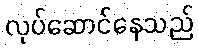
လုပ်ဆောင်နေသည်